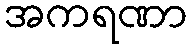
အကရဏာ